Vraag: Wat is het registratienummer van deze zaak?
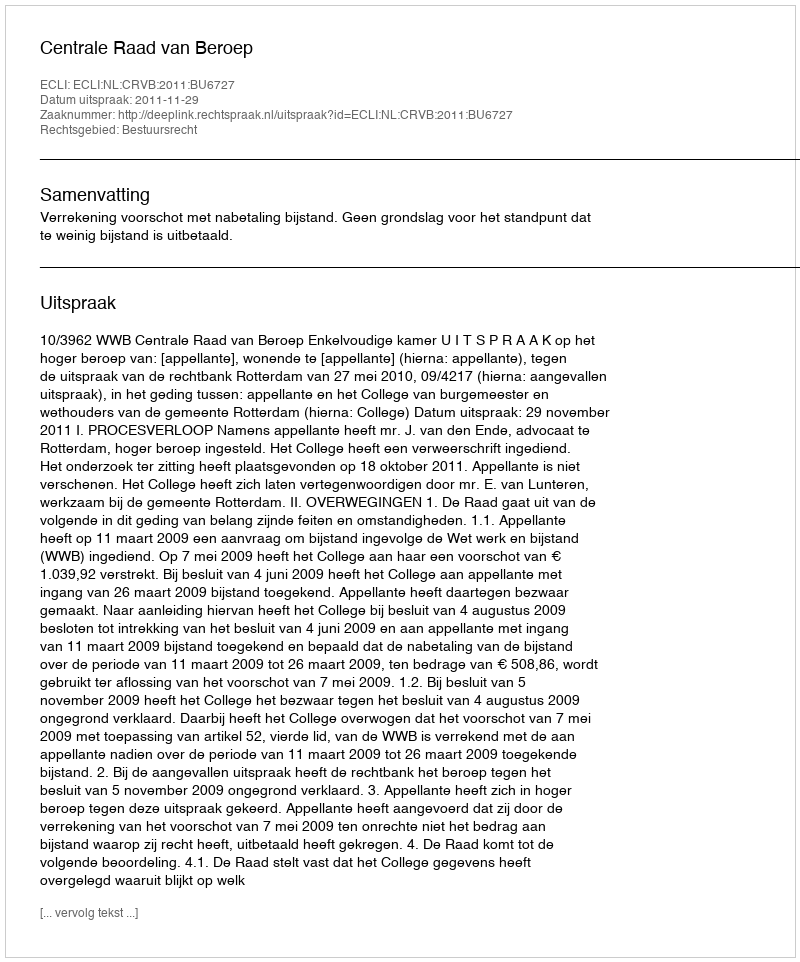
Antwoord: http://deeplink.rechtspraak.nl/uitspraak?id=ECLI:NL:CRVB:2011:BU6727